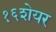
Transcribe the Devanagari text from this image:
१६शेयर